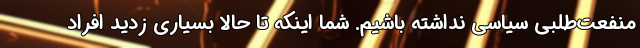
منفعت‌طلبی سیاسی نداشته باشیم. شما اینکه تا حالا بسیاری زدید افراد